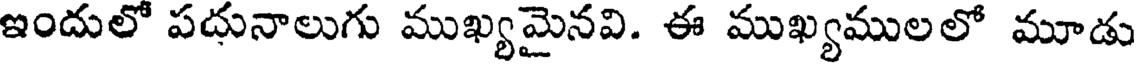
ఇందులో పదునాలుగు ముఖ్యమైనవి. ఈ ముఖ్యములలో మూడు